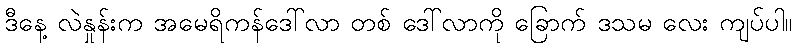
ဒီနေ့ လဲနှုန်းက အမေရိကန်ဒေါ်လာ တစ် ဒေါ်လာကို ခြောက် ဒသမ လေး ကျပ်ပါ။